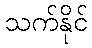
သက်နိုင်